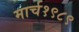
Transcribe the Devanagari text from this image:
मार्च१९८९